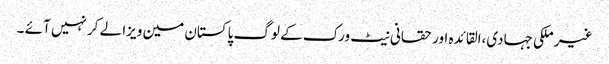
غیر ملکی جہادی،القائدہ اور حقانی نیٹ ورک کے لوگ پاکستان مین ویزا لے کر نہیں آئے ۔